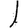
Digit: 1